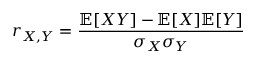
r _ { X , Y } = \frac { \mathbb { E } [ X Y ] - \mathbb { E } [ X ] \mathbb { E } [ Y ] } { \sigma _ { X } \sigma _ { Y } }